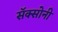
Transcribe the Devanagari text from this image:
सॅक्सोनी